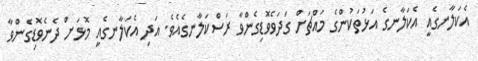
އެކަލާނގެއީ އެކަލާނގެ އަޅުތަކުންގެ މައްޗަށް ގަދަވެވޮޑިގެންވާ ރަސްކަލާނގެއެވެ. އަދި އެކަލާނގެއީ މޮޅަށް ދެނެވޮޑިގެންވާ